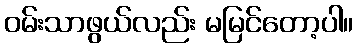
ဝမ်းသာဖွယ်လည်း မမြင်တော့ပါ။